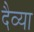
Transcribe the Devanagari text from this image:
दैव्या